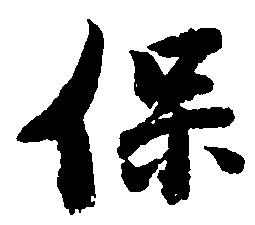
保